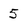
Character: 5